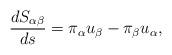
LaTeX: \begin{align*}\frac{dS_{\alpha \beta }}{ds}=\pi _\alpha u_\beta -\pi _\beta u_\alpha ,\end{align*}